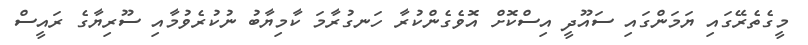
މީގެތެރޭގައި ޔަމަންގައި ސައޫދީ އިސްކޮށް އޮވެގެންކުރާ ހަނގުރާމަ ކާމިޔާބު ނުކުރެވުމާއި ސޫރިޔާގެ ރައީސް